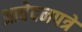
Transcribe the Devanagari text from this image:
आवेदनपत्रे